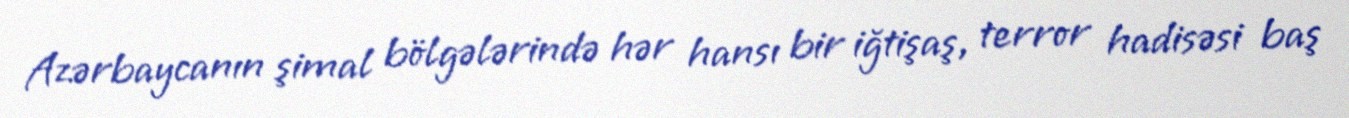
Azərbaycanın şimal bölgələrində hər hansı bir iğtişaş, terror hadisəsi baş